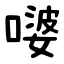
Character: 嘙